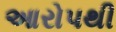
આરોપથી